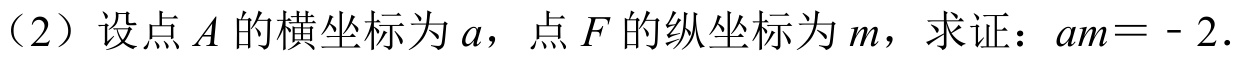
（2）设点\(A\)的横坐标为\(a\)，点\(F\)的纵坐标为\(m\)，求证：\(am = - 2\).